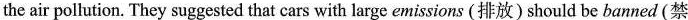
the air pollution. They suggested that cars with large emissions (排放) should be banned (禁